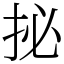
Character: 㧙